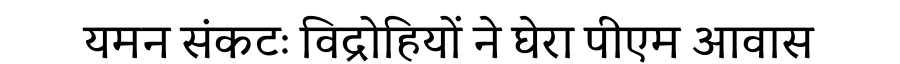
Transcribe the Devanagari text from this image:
यमन संकटः विद्रोहियों ने घेरा पीएम आवास